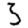
Digit: 3